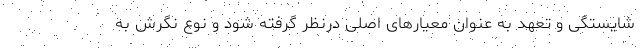
شایستگی و تعهد به عنوان معیارهای اصلی درنظر گرفته شود و نوع نگرش به